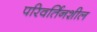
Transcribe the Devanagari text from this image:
परिवर्तिनशील